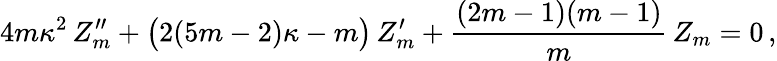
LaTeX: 4m\kappa^{2}\, Z_{m}^{\prime\prime}+\left(\strut 2(5m-2)\kappa-m\right)\, Z_{m}^{\prime}+{\frac{(2m-1)(m-1)}{m}}\, Z_{m}=0\, ,